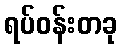
ရပ်ဝန်းတခု